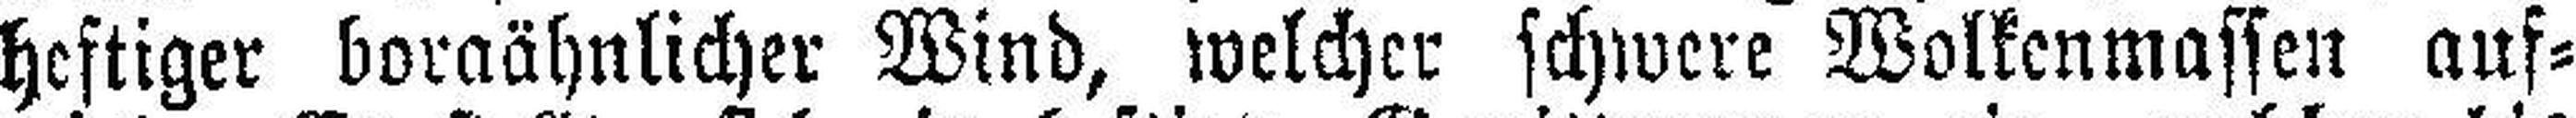
heftiger boraähnlicher Wind, welcher schwere Wolkenmassen auf¬